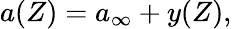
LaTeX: \begin{array}{r}{{a}(Z)={a}_{\infty}+y(Z),}\end{array}